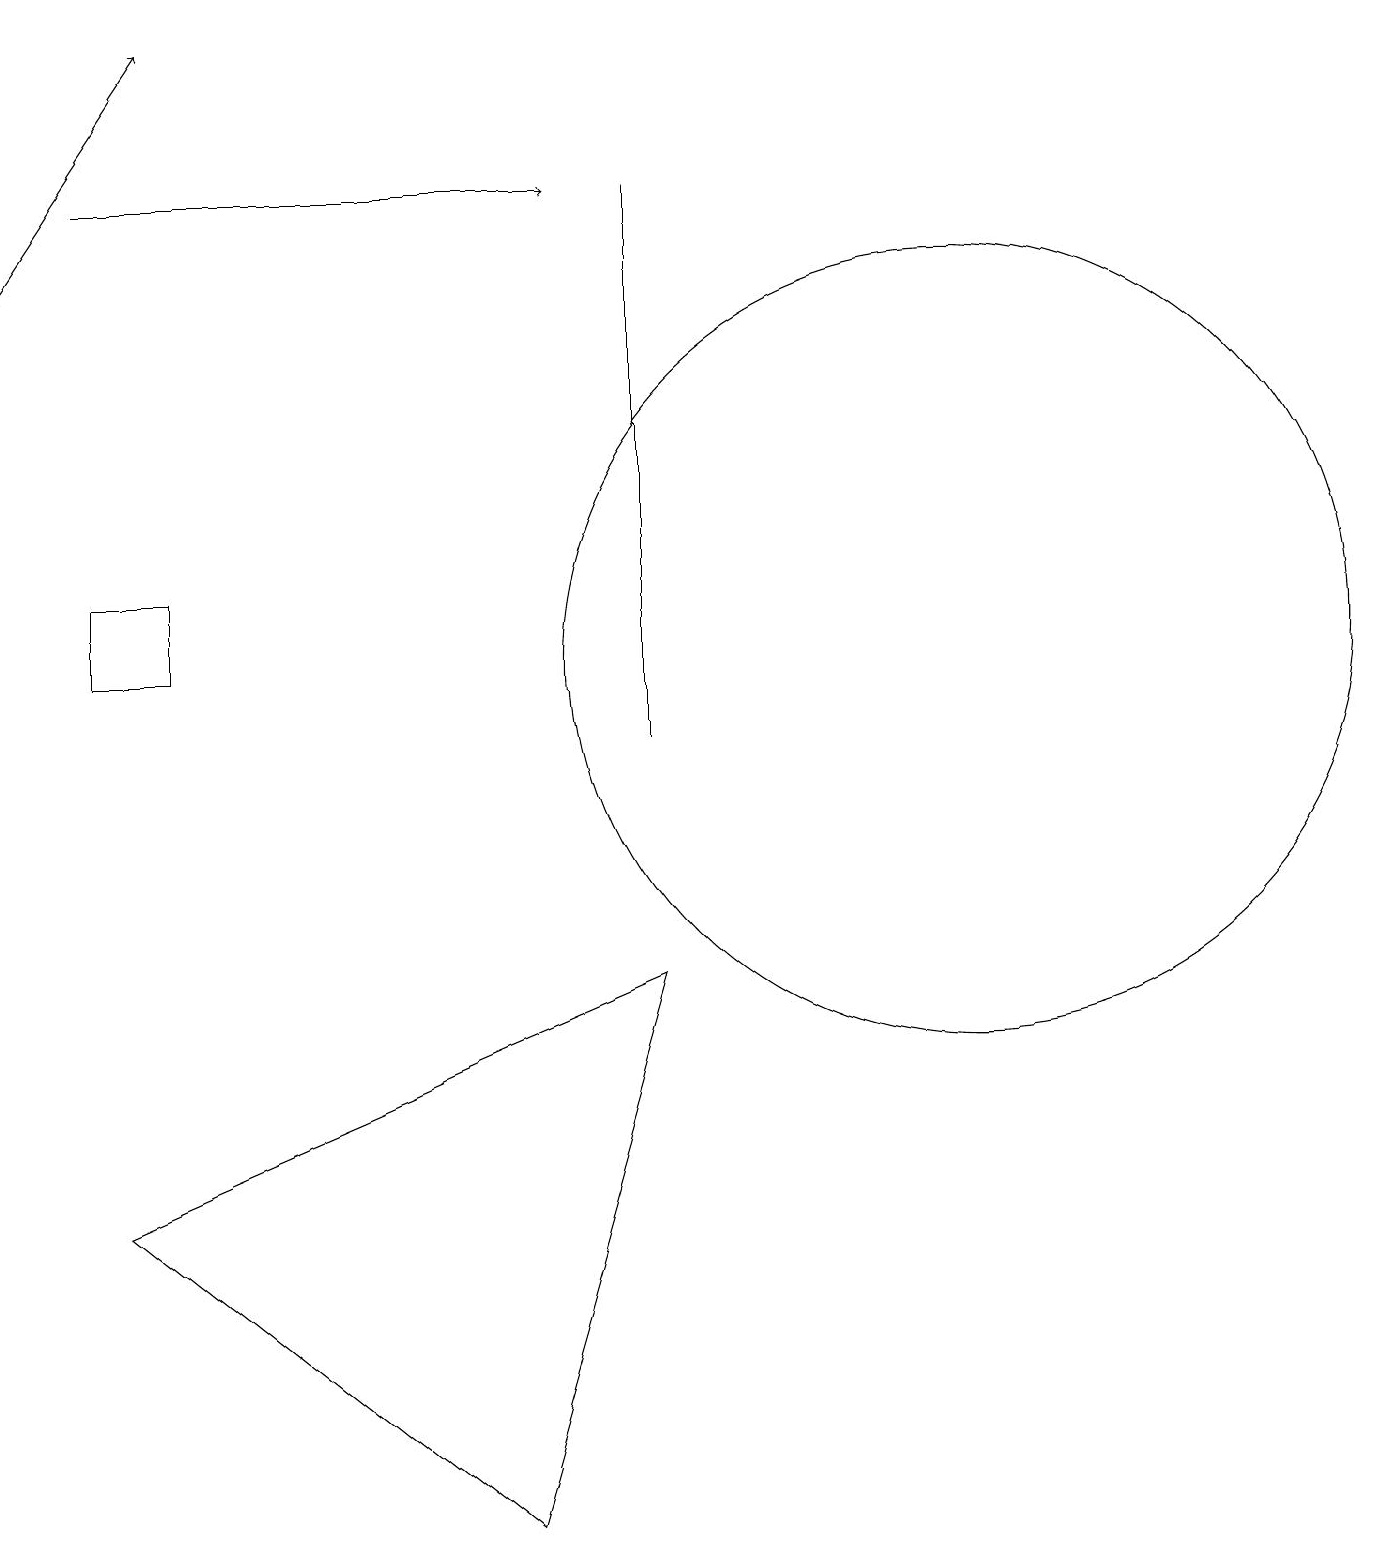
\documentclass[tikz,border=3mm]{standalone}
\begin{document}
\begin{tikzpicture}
\draw[->] (1,17) -- (7,17);
\draw (6,0) -- (8,7) -- (1,4) -- cycle;
\draw (12,11) circle (5);
\draw[->] (0,16) -- (2,19);
\draw (1,12) rectangle (2,11);
\draw (8,17) rectangle (8,10);
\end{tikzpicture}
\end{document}